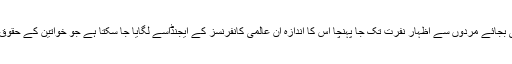
اسکا منشور مردوں کے برابر حقوق کی بجائے مردوں سے اظہار نفرت تک جا پہنچا اس کا اندازہ اْن عالمی کانفرنسز کے ایجنڈاسے لگایا جا سکتا ہے جو خواتین کے حقوق کی جدوجہد کے نام پر منعقد کی گئیں۔